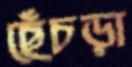
ছেঁচড়া